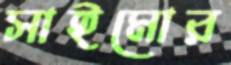
সাইমোর